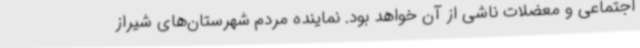
اجتماعی و معضلات ناشی از آن خواهد بود. نماینده مردم شهرستان‌های شیراز